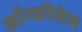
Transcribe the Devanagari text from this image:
कॉन्फरेंसेस